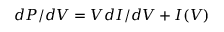
d P / d V = V d I / d V + I ( V )